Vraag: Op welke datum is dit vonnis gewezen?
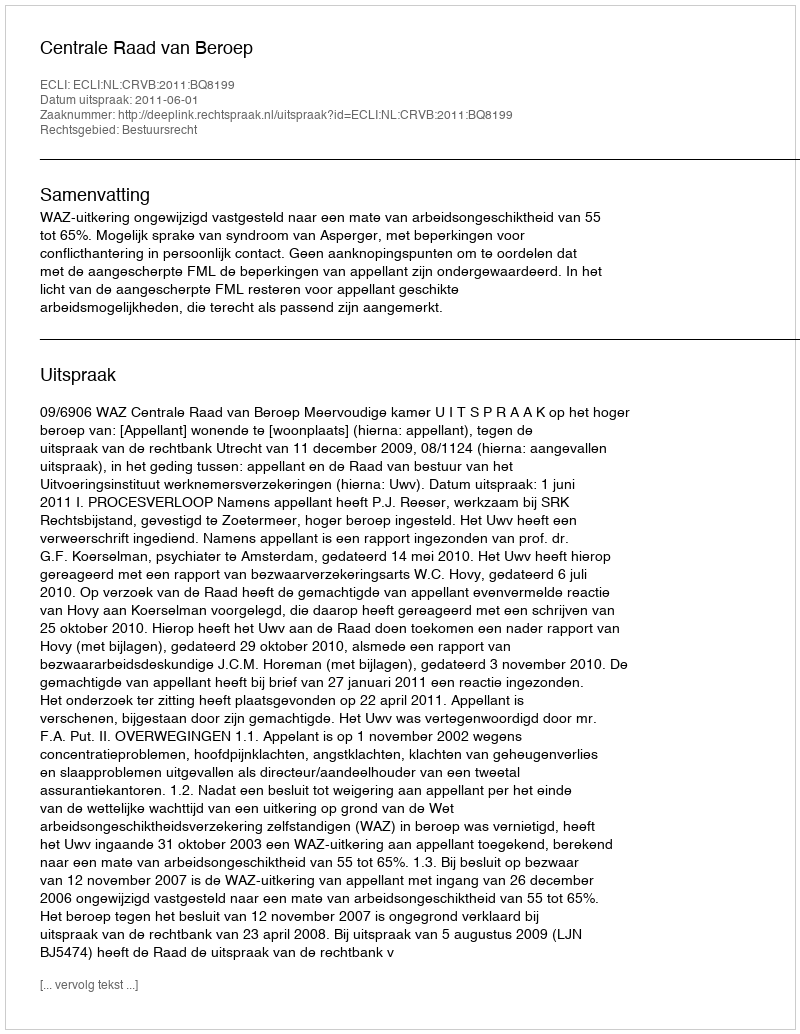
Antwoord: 2011-06-01